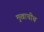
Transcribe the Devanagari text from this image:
मुखाचीच